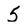
Character: 5